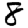
Digit: 8